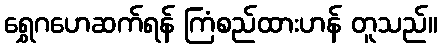
ရွှေဂဟေဆက်ရန် ကြံစည်ထားဟန် တူသည်။